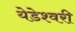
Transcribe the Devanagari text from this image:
येडेश्वरी